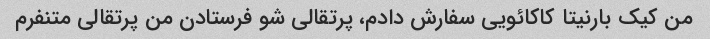
من کیک بارنیتا کاکائویی سفارش دادم، پرتقالی شو فرستادن من پرتقالی متنفرم